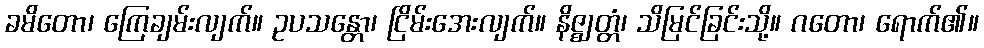
ခမိတော၊ ကြေချမ်းလျက်။ ဥပသန္တော၊ ငြိမ်းအေးလျက်။ နိဇ္ဈတ္တံ၊ သိမြင်ခြင်းသို့။ ဂတော၊ ရောက်၏။